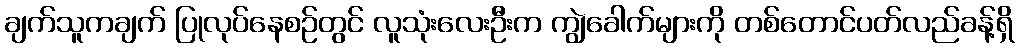
ချက်သူကချက် ပြုလုပ်နေစဉ်တွင် လူသုံးလေးဦးက ကျွဲခေါက်များကို တစ်တောင်ပတ်လည်ခန့်ရှိ